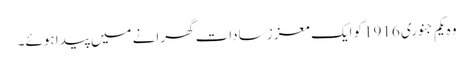
وہ یکم جنوری 1916کو ایک معزز سادات گھرانے میں پیدا ہوئے۔